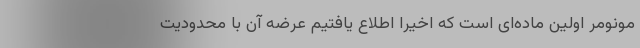
مونومر اولین ماده‌ای است که اخیرا اطلاع یافتیم عرضه آن با محدودیت